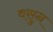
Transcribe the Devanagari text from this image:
वसुन